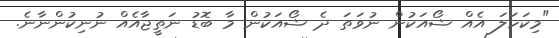
"މިކަހަލަ އެއް ޝޯއަކުން ނުވަތަ ދެ ޝޯއަކުން މާ ބޮޑު ނަތީޖާއެއް ނުނިކުންނާނެ.